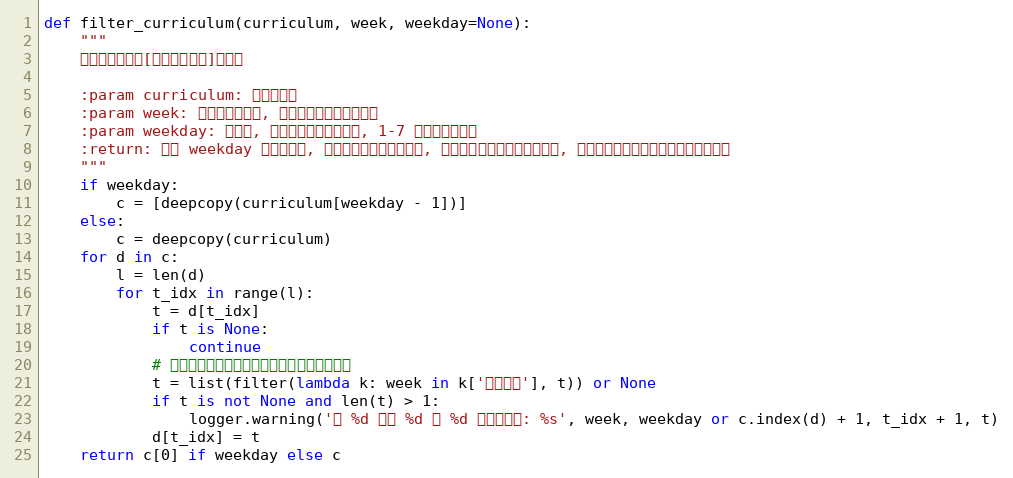
Language: Python
def filter_curriculum(curriculum, week, weekday=None):
    """
    筛选出指定星期[和指定星期几]的课程

    :param curriculum: 课程表数据
    :param week: 需要筛选的周数, 是一个代表周数的正整数
    :param weekday: 星期几, 是一个代表星期的整数, 1-7 对应周一到周日
    :return: 如果 weekday 参数没给出, 返回的格式与原课表一致, 但只包括了在指定周数的课程, 否则返回指定周数和星期几的当天课程
    """
    if weekday:
        c = [deepcopy(curriculum[weekday - 1])]
    else:
        c = deepcopy(curriculum)
    for d in c:
        l = len(d)
        for t_idx in range(l):
            t = d[t_idx]
            if t is None:
                continue
            # 一般同一时间课程不会重复，重复时给出警告
            t = list(filter(lambda k: week in k['上课周数'], t)) or None
            if t is not None and len(t) > 1:
                logger.warning('第 %d 周周 %d 第 %d 节课有冲突: %s', week, weekday or c.index(d) + 1, t_idx + 1, t)
            d[t_idx] = t
    return c[0] if weekday else c